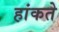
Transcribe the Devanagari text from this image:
हांकते